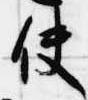
使